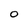
Character: O